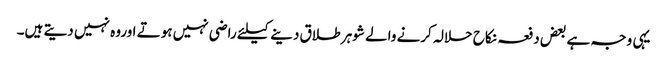
یہی وجہ ہے بعض دفعہ نکاح حلالہ کرنے والے شوہر طلاق دینے کیلئے راضی نہیں ہوتے اوروہ نہیں دیتے ہیں۔